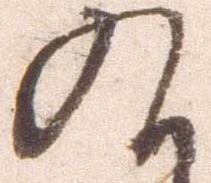
九